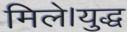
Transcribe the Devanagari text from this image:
मिले।युद्ध